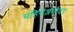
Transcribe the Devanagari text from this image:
महिनेअगोदर